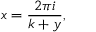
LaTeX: x = { \frac { 2 \pi i } { k + y } } ,